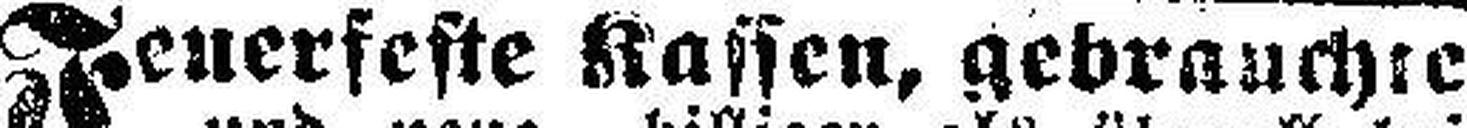
Feuerfeste Kassen, gebrauchte